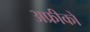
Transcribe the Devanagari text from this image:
अफ्रीको